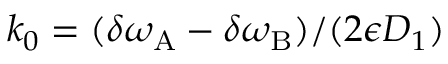
k _ { 0 } = ( \delta \omega _ { \mathrm { A } } - \delta \omega _ { \mathrm { B } } ) / ( 2 \epsilon D _ { 1 } )